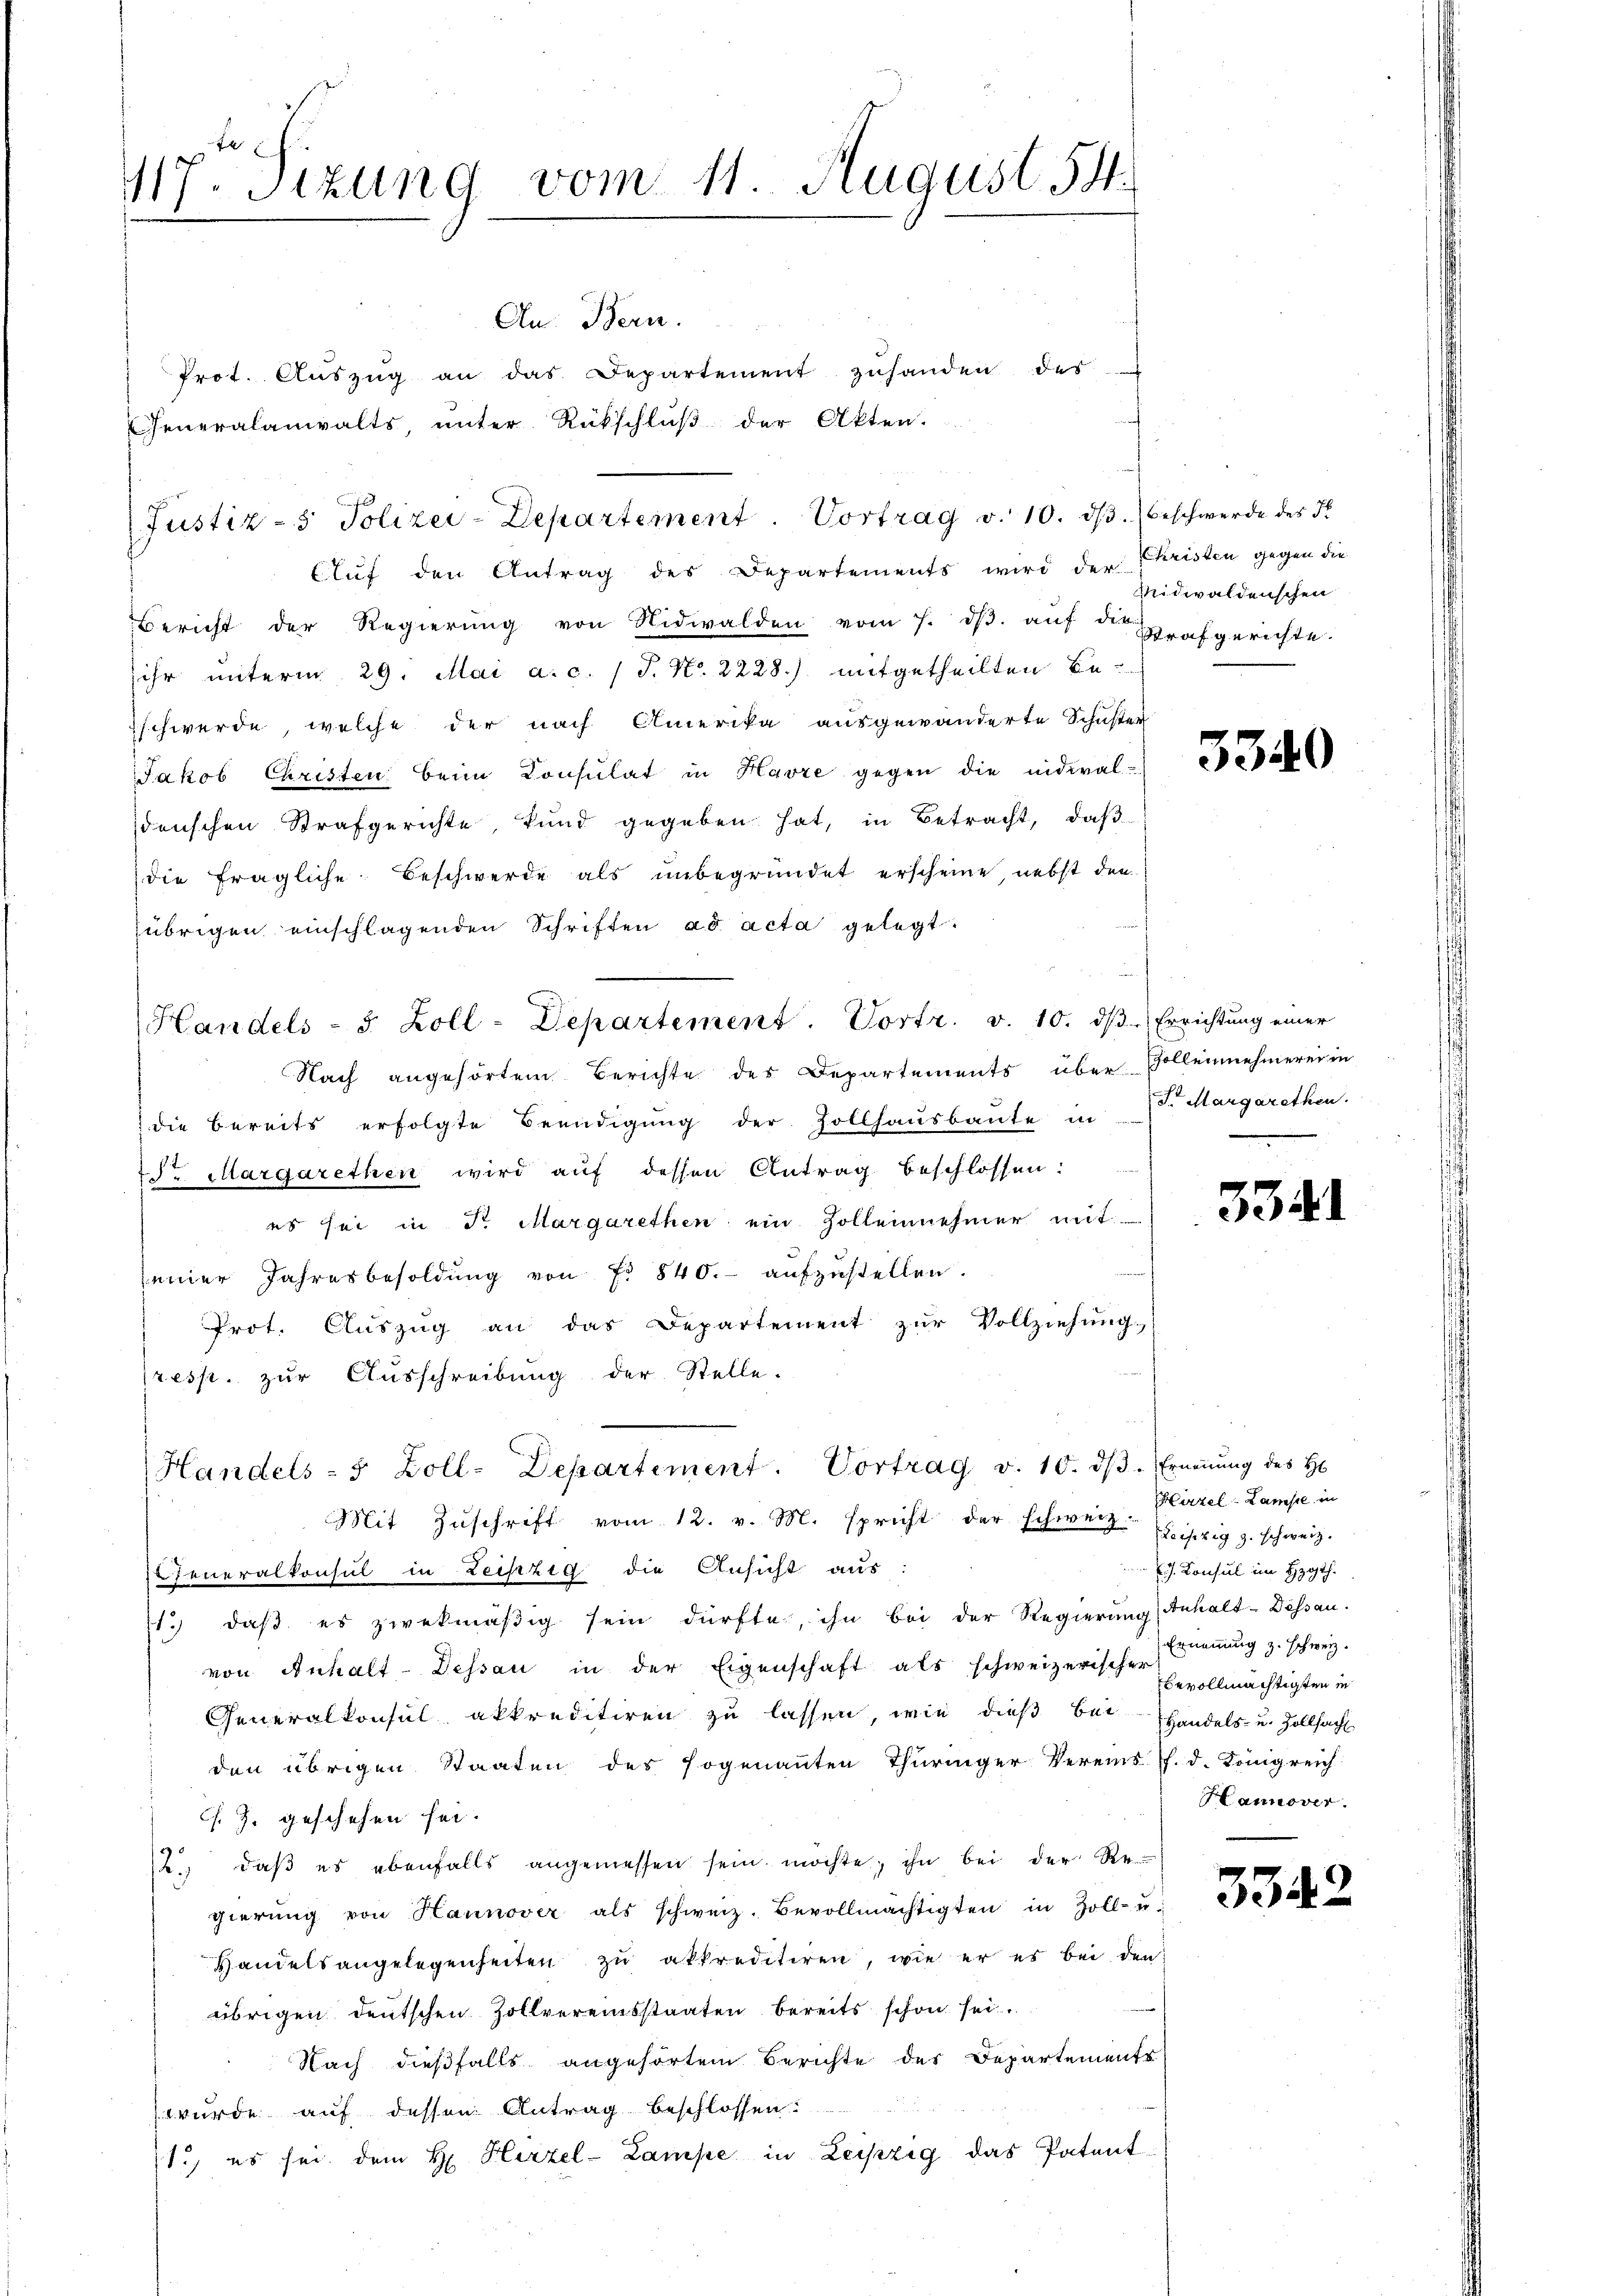
417. Sizung vom 11. August 154.

An Bern.
Prot. Aŭszŭg an das Departement zusanden des
Generalanwalts, unter Rückschluß der Akten.
Cluf den Antrag des Departements wird der Kristen gegen die
Bericht der Regierŭng von Nidwalden vom 7. dβ aŭf der Grafgerichte.
ihr unterm 29. Mai a.c. (T. No. 2228.) mitgetheilten Beschwerde, welche der nach Amerika ausgewänderte Schuster
Jakob Christen beim Consulat in Havre gegen die nidial-
denschen Strafgerichte, kund gegeben hat, in Betracht, daß
die fragliche Beschwerde als ŭnbegründet erscheine, nebst den
übrigen einschlagenden Schriften ad acta gelegt.
Handels- 5. Zoll-Departement. Vortr. v. 10. dβ. Errichtŭng einer
Nach angehörtem Berichte des Departements über Vollennehmerei in
 die bereits erfolgte Beendigŭng der Zollhaŭsbaŭte in St. Margarethen.
dr. Margarethen wird auf dessen Antrag beschlossen:
es sei in Fr. Margarethen ein Zollennehmer mit
seiner Jahresbesoldung von Fr. 840.- aufzustellen.
Prot. Aŭszŭg an das Departement zur Vollziehung.
resp. zŭr Aŭsschreibŭng der Stelle.
Handels- 5 Zoll-Departement. Vortrag v. 10. dβ. Ernennung des Hs
Mit Zŭschrift vom 12. v. M. spricht der schweiz. Einzig z. schweiz.
Generalkonsul in Leipzig die Ansicht aus:
1.) daß es zwekmäßig sein dürfte, ihn bei der Regierung (Inhalt-Dessau.
von Anhalt-Dessau in der Eigenschaft als schweizerischer Bevollmächtigten in
Generalkonsul akkreditiren zu lassen, wie dieß bei Handels- und Zollsach
den übrigen Staaten des sogenanten Thüringer Vereins. f. d. Königreich
C. J. geschehen sei.
b. daβ es ebenfalls angemessen sein möchte, ihn bei der Re
gierŭng von Hannover als schweiz. Bevollmächtigten in Zoll- u.
Handelsangelegenheiten zu akkreditiren, wie er es bei den
übrigen deutschen Zollvereinsstaaten bereits schon sei.
Nach dießfalls angehörten Berichte des Departements
wurde auf dessen Antrag beschlossen.
1.) es sei dem H. Hirzel-Lampe in Leipzig das Patent

(Justiz- & Polizei-Departement. Vortrag v. 10. dβ.) beschwerde des F

Midwaldenschen

3340

3341

Hirzel-Lampe in
J. Konsul im Hyth.
Ernennung z. schweiz.
Hannover.

3342